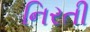
નિરતી